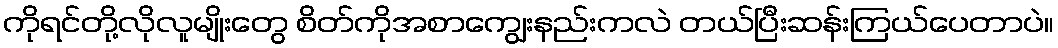
ကိုရင်တို့လိုလူမျိုးတွေ စိတ်ကိုအစာကျွေးနည်းကလဲ တယ်ပြီးဆန်းကြယ်ပေတာပဲ။